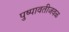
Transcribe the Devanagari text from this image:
पुष्पावतीजवळ